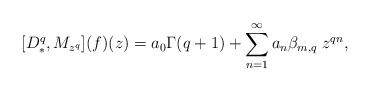
LaTeX: \begin{align*}[D_*^q,M_{z^q}](f)(z)=a_0\Gamma(q+1)+\sum_{n=1}^{\infty}a_n\beta_{m,q}\;z^{qn},\end{align*}